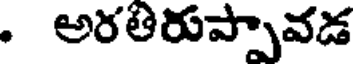
. అరతిరుప్పావడ